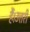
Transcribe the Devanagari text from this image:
हैं।उत्तरी